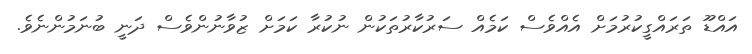
އައްޑޫ ތަރައްގީކުރުމަށް އެއްވެސް ކަމެއް ސަރުކާރުތަކުން ނުކުރާ ކަމަށް ޒުވާނުންވެސް ދަނީ ބުނަމުންނެވެ.